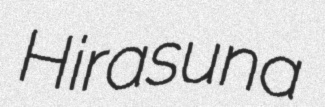
Hirasuna